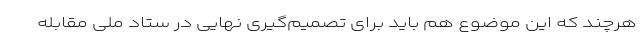
هرچند که این موضوع هم باید برای تصمیم‌گیری نهایی در ستاد ملی مقابله